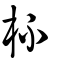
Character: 杯